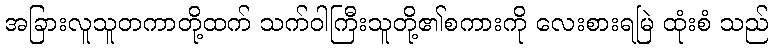
အခြားလူသူတကာတို့ထက် သက်ဝါကြီးသူတို့၏စကားကို လေးစားရမြဲ ထုံးစံ သည်